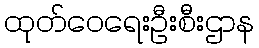
ထုတ်ဝေရေးဦးစီးဌာန